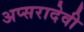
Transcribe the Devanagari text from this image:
अप्सरादेवी